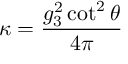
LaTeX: \kappa = \frac { g _ { 3 } ^ { 2 } \cot ^ { 2 } \theta } { 4 \pi }